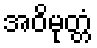
အဝိမုတ္တံ